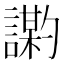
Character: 𫍍